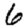
Digit: 6